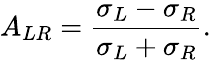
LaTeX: A_{LR}=\frac{\sigma_{L}-\sigma_{R}}{\sigma_{L}+\sigma_{R}}.